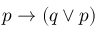
p \to ( q \lor p )